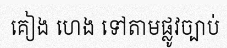
គៀង ហេង ទៅតាមផ្លូវច្បាប់